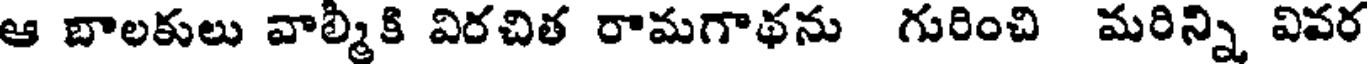
ఆ బాలకులు వాల్మికి విరచిత రామగాథను గురించి మరిన్ని వివర